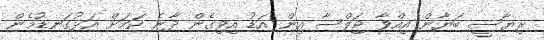
ރިޔާސީ ބަޔާން އިއްވާ ޖަލްސާ އިން އަޑު އިވިގެން ދާނެ ކަމަށް އަޅުގަނޑުމެން